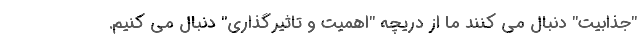
"جذابیت" دنبال می کنند ما از دریچه "اهمیت و تاثیرگذاری" دنبال می کنیم.